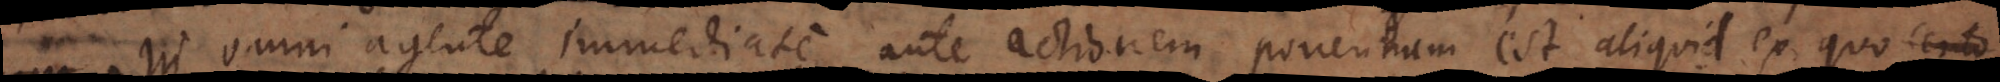
In omni agente immediate ante actionem ponendum est aliquid ex quo